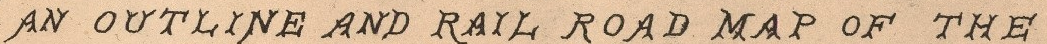
AN OUTLINE AND RAIL ROAD MAP OF THE